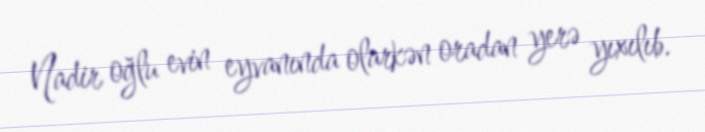
Nadir oğlu evin eyvanında olarkən oradan yerə yıxılıb.